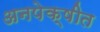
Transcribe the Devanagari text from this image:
अनपेक्षीत